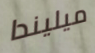
ميليندا